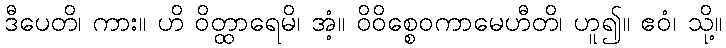
ဒီပေတိ၊ ကား။ ဟိ ဝိတ္ထာရေမိ၊ အံ့။ ဝိဝိစ္စေဝကာမေဟီတိ၊ ဟူ၍။ ဧဝံ၊ သို့။